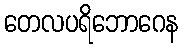
တေလပရိဘောဂေန